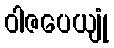
ဝါဇပေယျုံ